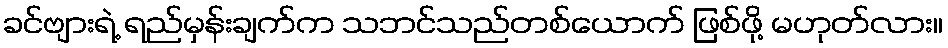
ခင်ဗျားရဲ့ ရည်မှန်းချက်က သဘင်သည်တစ်ယောက် ဖြစ်ဖို့ မဟုတ်လား။